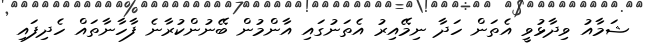
ޝަމާއު ވިދާޅުވީ އެތަން ހަދާ ނިމޭއިރު އެތަނުގައި އާންމުން ބޭނުންކުރާނެ ފާހާނާތައް ހެދިފައި